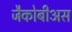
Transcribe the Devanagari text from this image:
जैकोबीअस